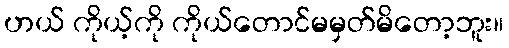
ဟယ် ကိုယ့်ကို ကိုယ်တောင်မမှတ်မိတော့ဘူး။